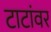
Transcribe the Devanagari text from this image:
टाटांवर